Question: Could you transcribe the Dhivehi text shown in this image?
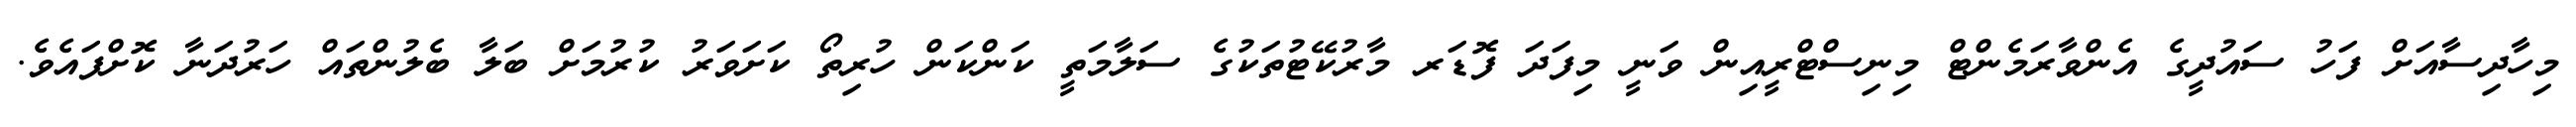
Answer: މިހާދިސާއަށް ފަހު ސައުދީގެ އެންވާރަމެންޓް މިނިސްޓްރީއިން ވަނީ މިފަދަ ފޮޑަރ މާރުކޭޓުތަކުގެ ސަލާމަތީ ކަންކަން ހުރިތޯ ކަށަވަރު ކުރުމަށް ބަލާ ބެލުންތައް ހަރުދަނާ ކޮށްފައެވެ.